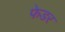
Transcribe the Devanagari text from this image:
फेडर